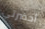
أحضرتي